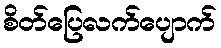
စိတ်ပြေလက်ပျောက်